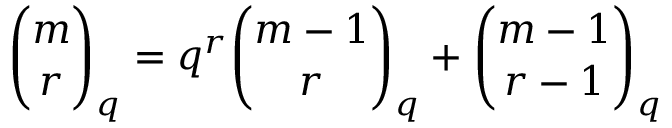
{ \binom { m } { r } } _ { q } = q ^ { r } { \binom { m - 1 } { r } } _ { q } + { \binom { m - 1 } { r - 1 } } _ { q }